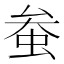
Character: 𫊲